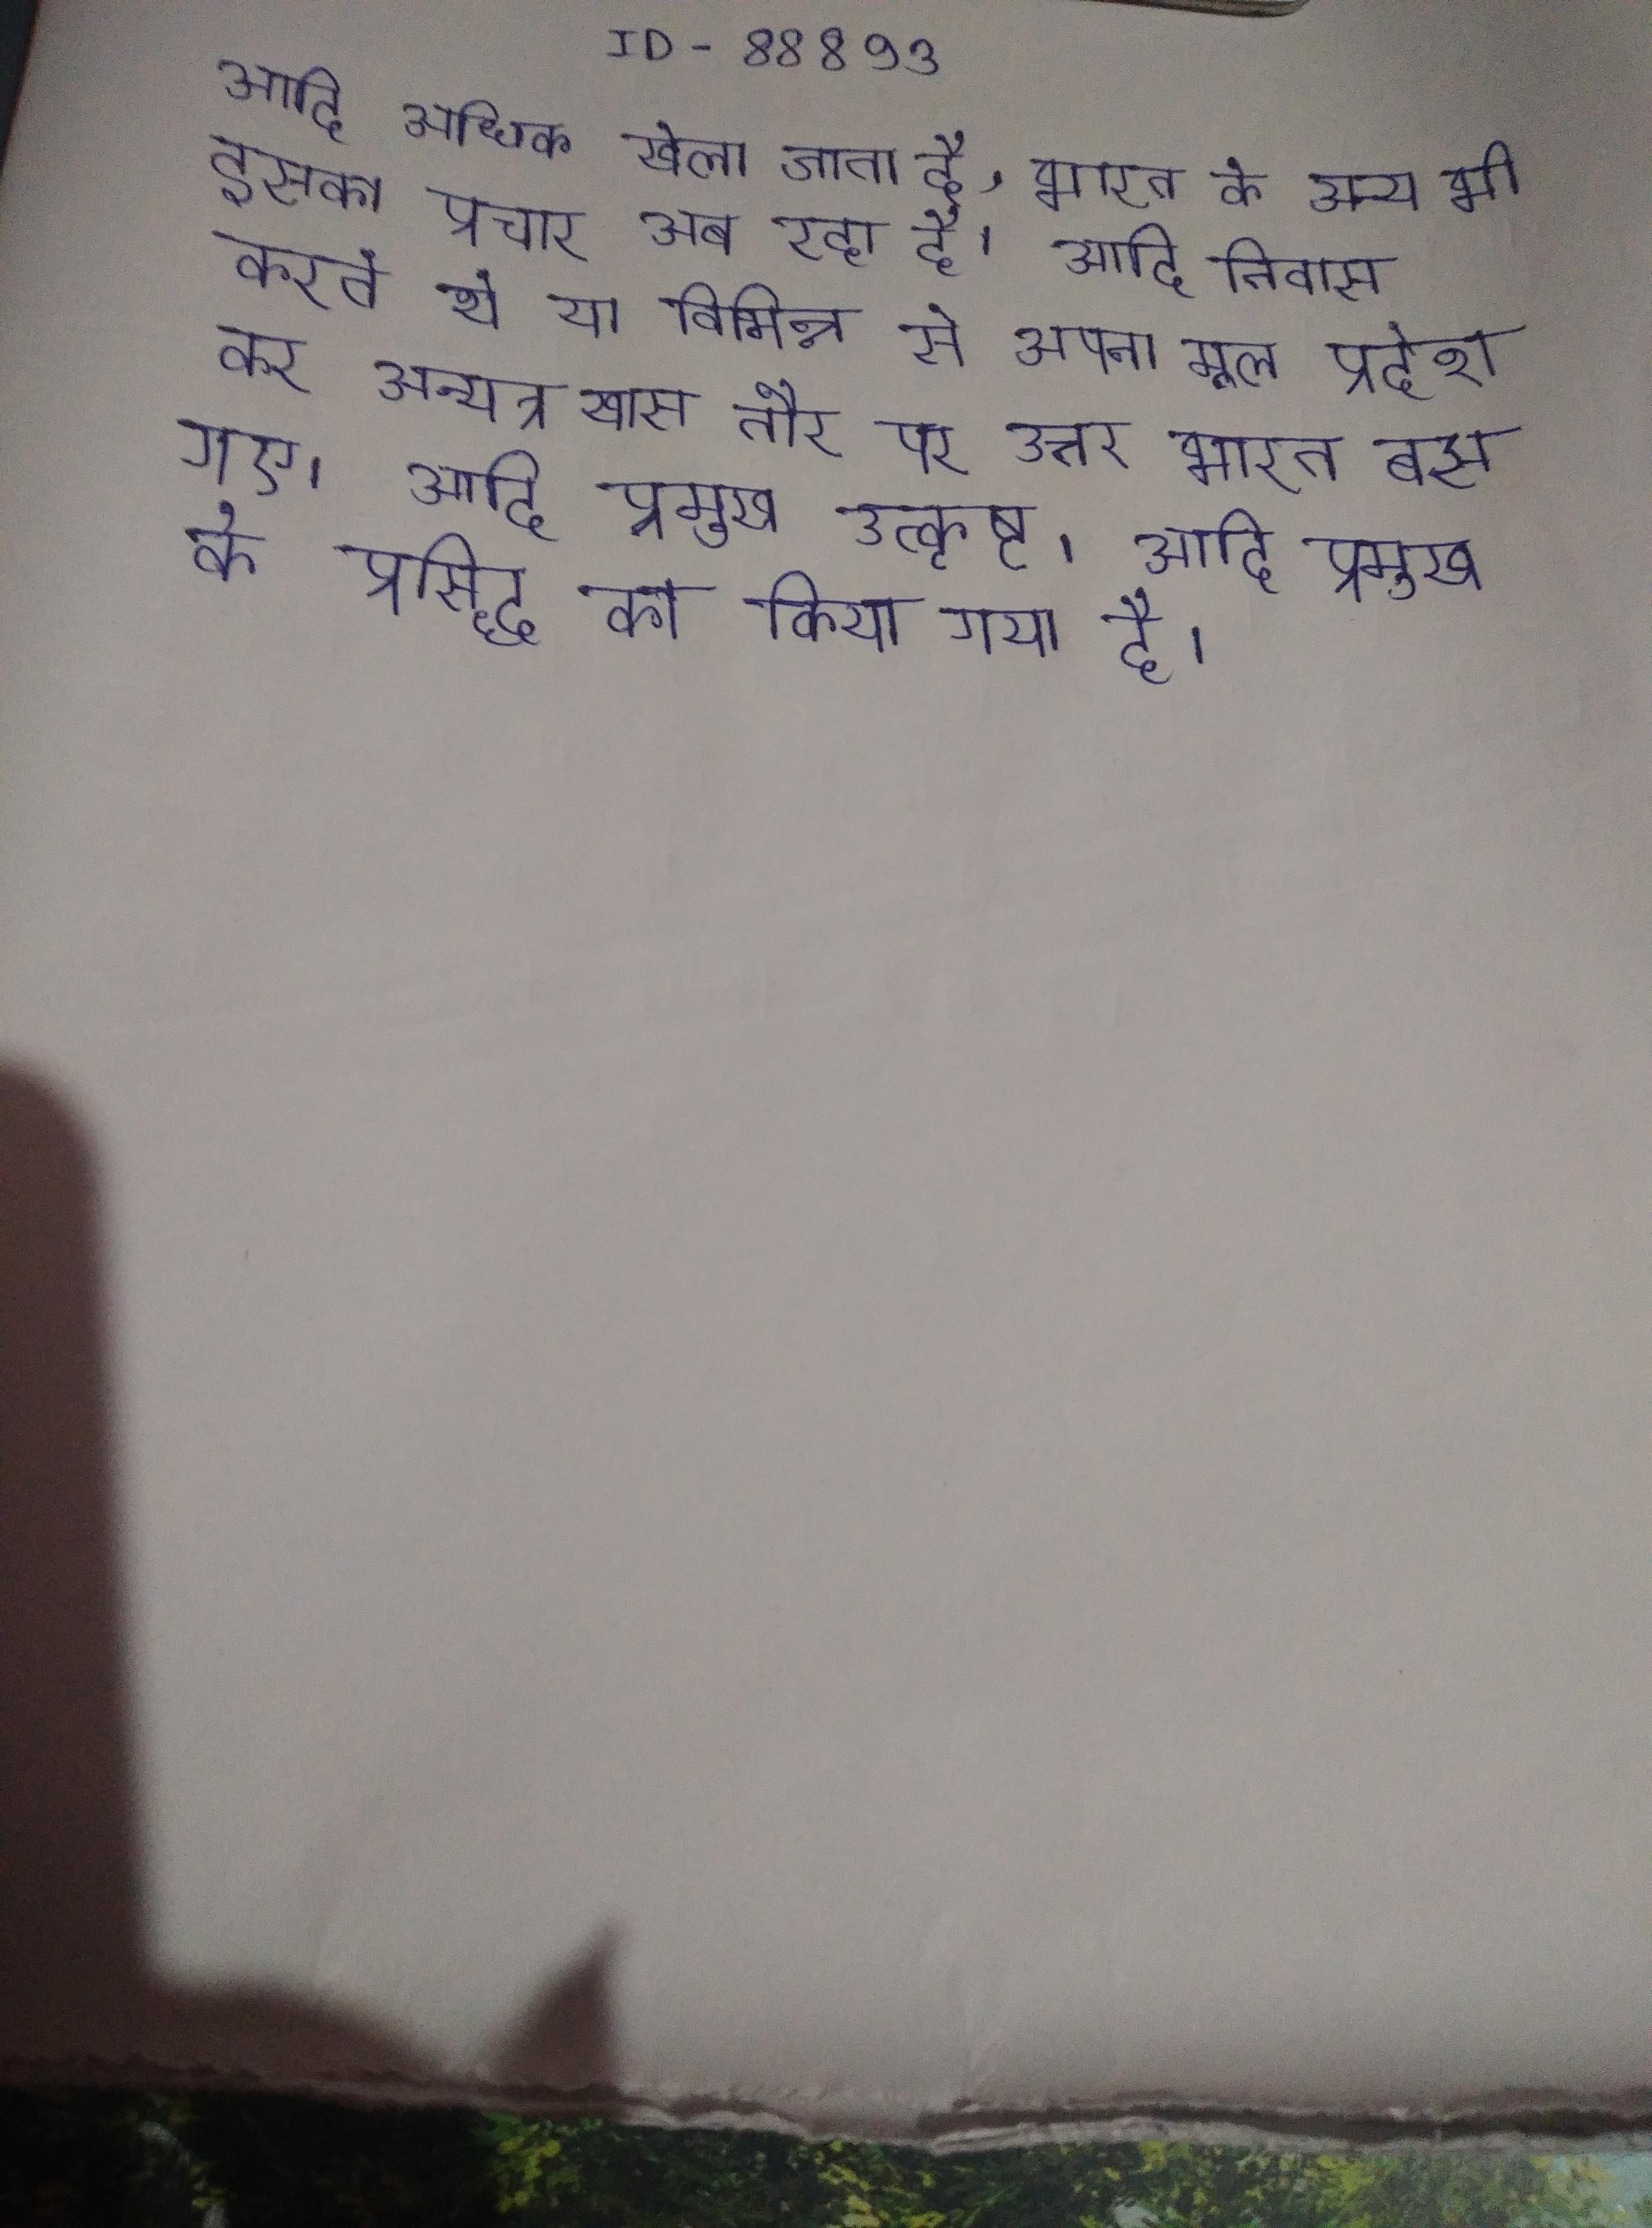
आदि अधिक खेला जाता है, भारत के अन्य भी इसका प्रचार अब रहा है । आदि निवास करते थे या विभिन्न से अपना मूल प्रदेश कर अन्यत्र- खास तौर पर उत्तर भारत बस गए । आदि प्रमुख उत्कृष्ट । आदि प्रमुख के प्रसिद्ध का किया गया है ।